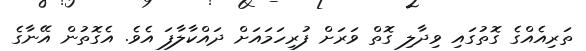
ތަރިއެއްގެ ގޮތުގައި ވިދާލި ގޮތް ވަރަށް ފުރިހަމައަށް ދައްކާލާފަ އެވެ. އެގޮތުން އޭނާގެ